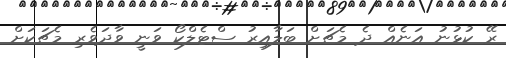
ރޭ ކުޅުނު އަނެއް ދެ މެޗަށް ބަލާއިރު ސްޓެލްކޯ ވަނީ ވާދަވެރި މެޗަކަށް